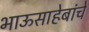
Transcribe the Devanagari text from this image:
भाऊसाहेबांचे